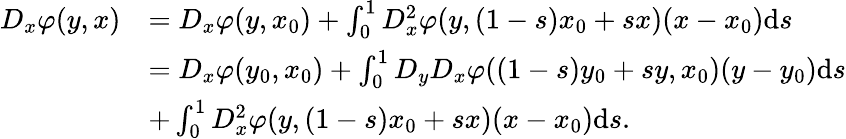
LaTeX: \begin{array}{rl}{D_{x}\varphi(y,x)}&{=D_{x}\varphi(y,x_{0})+\int_{0}^{1}D_{x}^{2}\varphi(y,(1-s)x_{0}+sx)(x-x_{0})\mathrm{d}s}\\ &{=D_{x}\varphi(y_{0},x_{0})+\int_{0}^{1}D_{y}D_{x}\varphi((1-s)y_{0}+sy,x_{0})(y-y_{0})\mathrm{d}s}\\ &{+\int_{0}^{1}D_{x}^{2}\varphi(y,(1-s)x_{0}+sx)(x-x_{0})\mathrm{d}s.}\end{array}